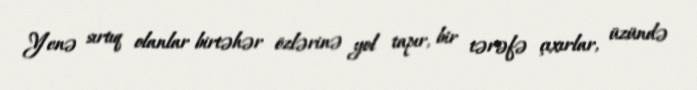
Yenə sırtıq olanlar birtəhər özlərinə yol tapır, bir tərəfə çıxırlar, üzündə